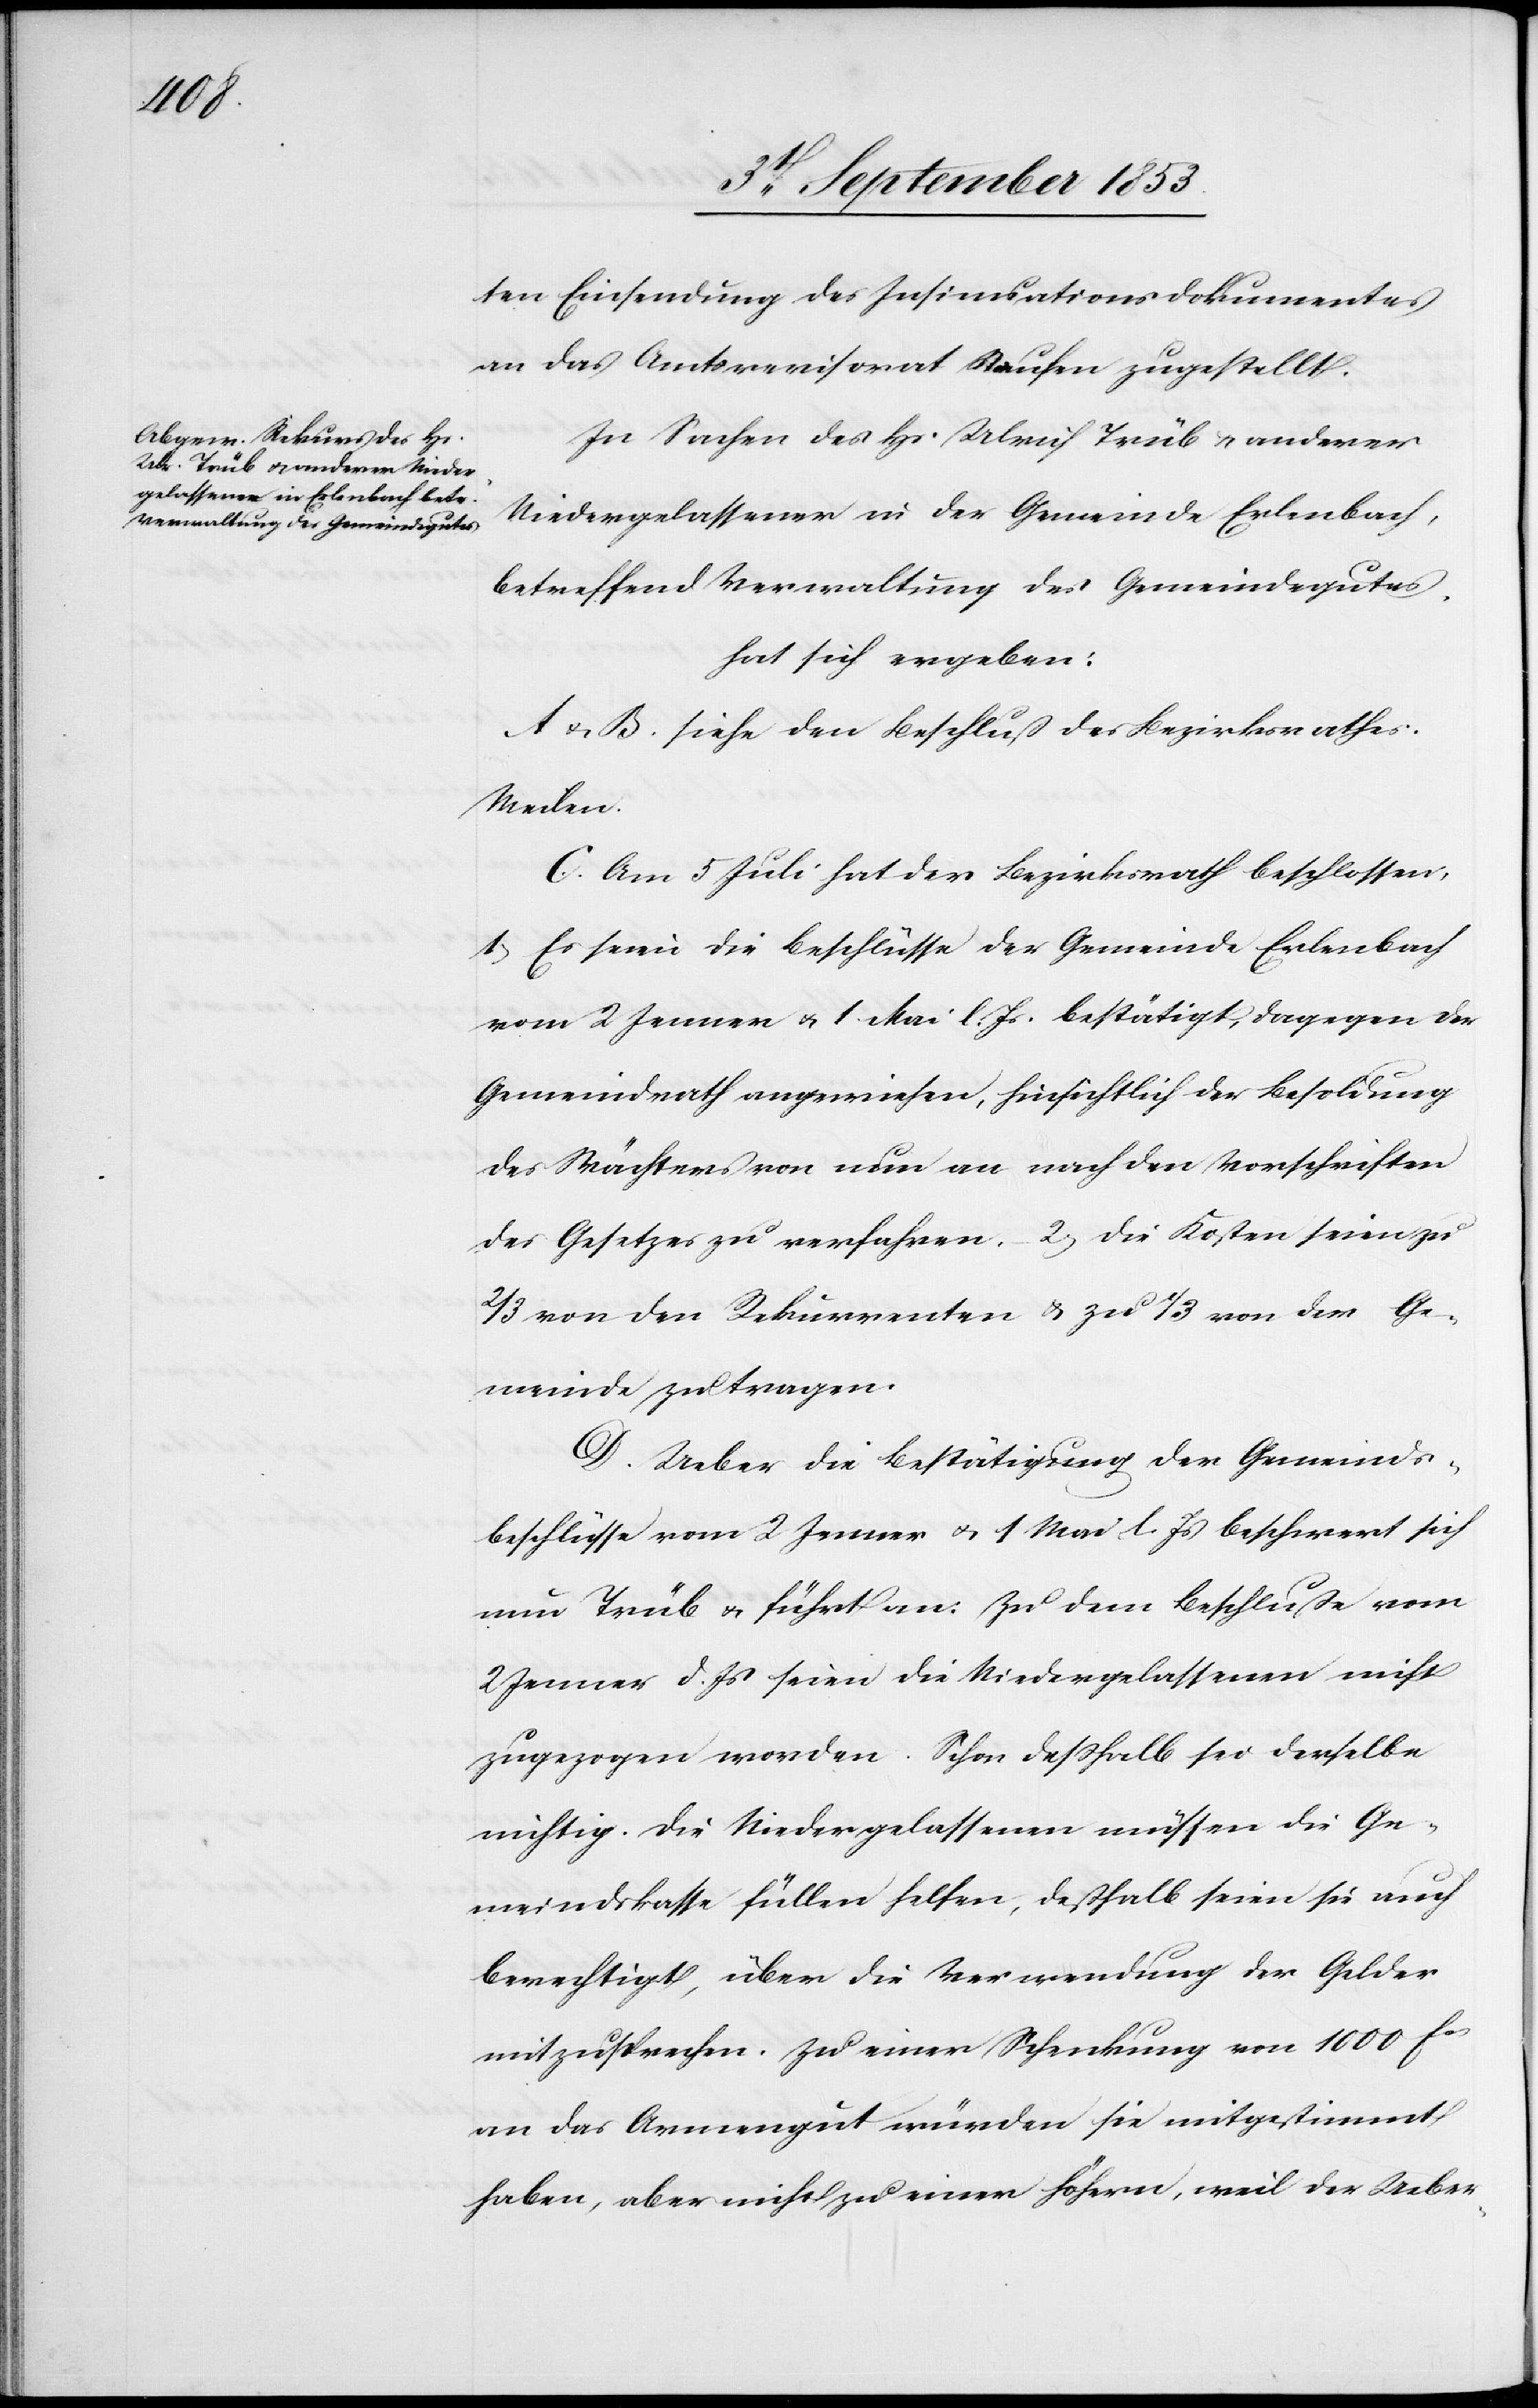
ten Einsendung des Insinuationsdokumentes
an das Amtsrevisorat Staufen zugestellt.
In Sachen des Hs. Ulrich Trüb u. anderer
Niedergelassener in der Gemeinde Erlenbach,
betreffend Verwaltung des Gemeindgutes.
hat sich ergeben:
A u. B. siehe den Beschluß des Bezirksrathes
Meilen.
C. Am 5 Juli hat der Bezirksrath beschlossen,
1, Es seien die Beschlüsse der Gemeinde Erlenbach
vom 2 Jenner u. 1 Mai l. Js. bestätigt, dagegen der
Gemeindrath angewiesen, hinsichtlich der Besoldung
des Wächters von nun an nach den Vorschriften
des Gesetzes zu verfahren. 2, Die Kosten seien zu
2/3 von den Rekurrenten u. zu 1/3 von der Ge¬
meinde zu tragen.
D. Ueber die Bestätigung der Gemeinds¬
beschlüsse vom 2 Jenner u. 1 Mai l. Js. beschwert sich
nun Trüb u. führt an: Zu dem Beschluße vom
2 Jenner d. Js. seien die Niedergelassenen nicht
zugezogen worden. Schon deßhalb sei derselbe
nichtig. Die Niedergelassenen müssen die Ge¬
meindskasse füllen helfen, deßhalb seien sie auch
berechtigt, über die Verwendung der Gelder
mitzusprechen. Zu einer Schenkung von 1000 fcs
an das Armengut würden sie mitgestimmt
haben, aber nicht zu einer höhern, weil der Ueber-